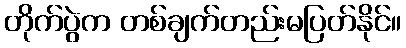
တိုက်ပွဲက တစ်ချက်တည်းမပြတ်နိုင်။